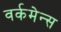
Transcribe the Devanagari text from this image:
वर्कमेन्स